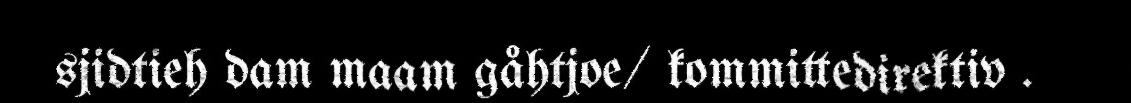
sjidtieh dam maam gåhtjoe/ kommittedirektiv .